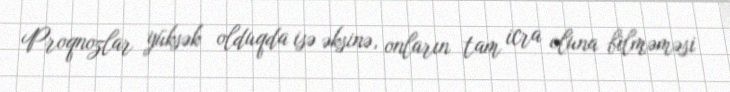
Proqnozlar yüksək olduqda isə əksinə, onların tam icra oluna bilməməsi